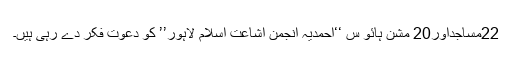
22مساجداور20 مشن ہائو س ‘‘احمدیہ انجمن اشاعت اسلام لاہور’’ کو دعوت فکر دے رہی ہیں۔